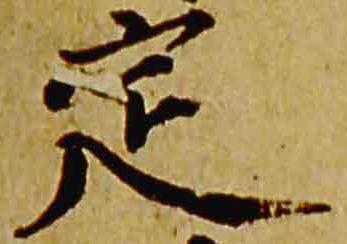
定